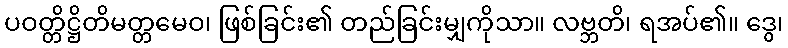
ပဝတ္တိဋ္ဌိတိမတ္တမေဝ၊ ဖြစ်ခြင်း၏ တည်ခြင်းမျှကိုသာ။ လဗ္ဘတိ၊ ရအပ်၏။ ဒွေ၊